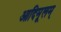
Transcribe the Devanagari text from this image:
आदिमूलम्